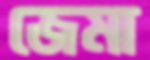
জেমা